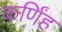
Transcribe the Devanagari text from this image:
कर्णिंह